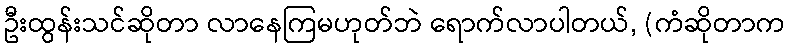
ဦးထွန်းသင်ဆိုတာ လာနေကြမဟုတ်ဘဲ ရောက်လာပါတယ်, (ကံဆိုတာက